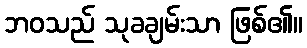
ဘဝသည် သုခချမ်းသာ ဖြစ်၏။